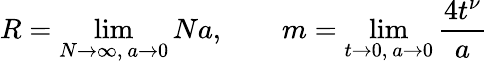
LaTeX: R=\operatorname*{lim}_{N\to\infty,\ a\to 0}Na,\qquad m=\operatorname*{lim}_{t\to 0,\ a\to 0}\frac{4t^{\nu}}{a}